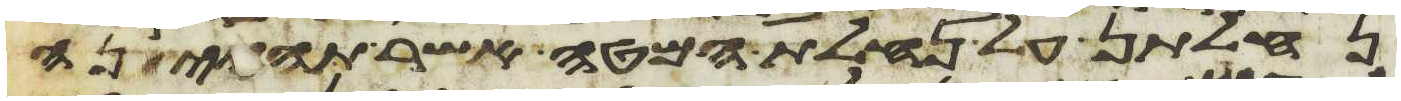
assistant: נחלתן על נחלת המטה אשר תהיינה